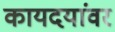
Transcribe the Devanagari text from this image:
कायदयांवर